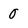
Character: 0